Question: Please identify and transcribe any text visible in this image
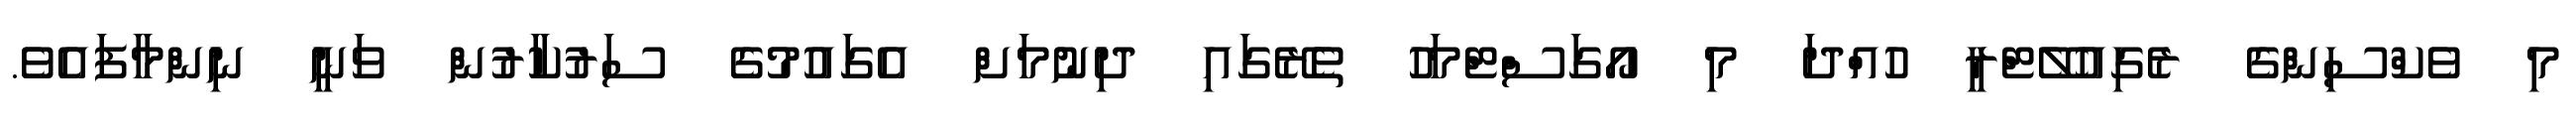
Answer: މި ވެކްސިންގެ ރެގިއުލޭޓްރީ ހުއްދަ މި އޯގަސްޓްމަހު ތެރޭގައި ދިނުމަށް އެގައުމުގެ ސަރުކާރުން ވަނީ ނިންމާފައެވެ.